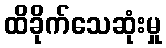
ထိခိုက်သေဆုံးမှု